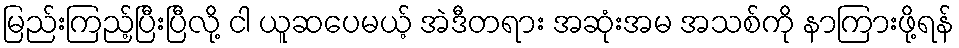
မြည်းကြည့်ပြီးပြီလို့ ငါ ယူဆပေမယ့် အဲဒီတရား အဆုံးအမ အသစ်ကို နာကြားဖို့ရန်